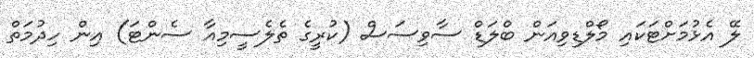
ލޭ އެޅުމަށްޓަކައި މޯލްޑިވިއަން ބްލަޑް ސާވިސަސް (ކުރީގެ ތެލެސީމިއާ ސެންޓަ) އިން ހިދުމަތް